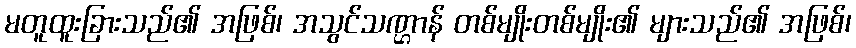
မတူထူးခြားသည်၏ အဖြစ်၊ အသွင်သဏ္ဌာန် တစ်မျိုးတစ်မျိုး၏ များသည်၏ အဖြစ်၊